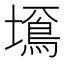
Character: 𡒚